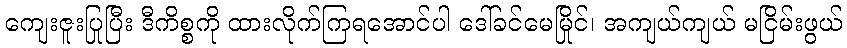
ကျေးဇူးပြုပြီး ဒီကိစ္စကို ထားလိုက်ကြရအောင်ပါ ဒေါ်ခင်မေမြိုင်၊ အကျယ်ကျယ် မငြိမ်းဖွယ်